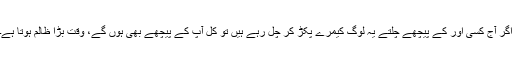
اگر آج کسی اور کے پیچھے چلتے یہ لوگ کیمرے پکڑ کر چل رہے ہیں تو کل آپ کے پیچھے بھی ہوں گے، وقت بڑا ظالم ہوتا ہے۔